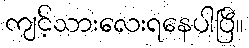
ကျင့်သားလေးရနေပါပြီ။